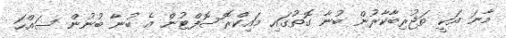
މާނަ އަކީ ތަޖުރިބާކާރުން ބުނާ ގޮތުގައި މައިކްރޮސޮފްޓުން އެ ބުނާ ބުނުން ސައްހަ